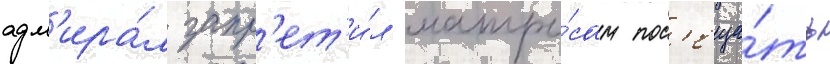
адм'ира́л запр'ет'и́л матро́сам пос'еща́ть